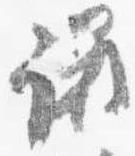
議